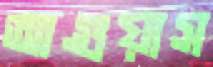
আগুয়াস